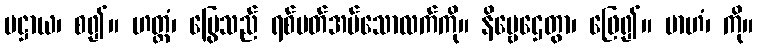
ပဋ္ဌာယ၊ စ၍။ ဟတ္ထံ၊ မြွေသည် ရစ်ပတ်အပ်သောလက်ကို။ နိဗ္ဗေဌေတွာ၊ ဖြေ၍။ ဗာဟံ၊ ကို။